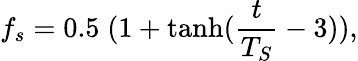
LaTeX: f_{s}=0.5\; (1+\operatorname{tanh}(\frac{t}{T_{S}}-3)),